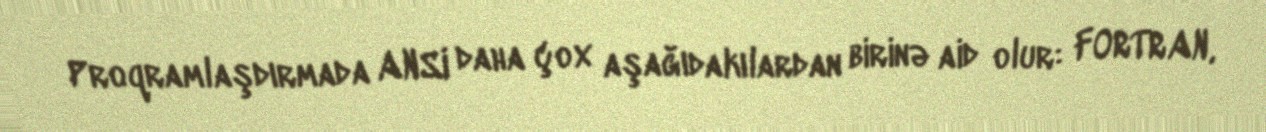
Proqramlaşdırmada ANSI daha çox aşağıdakılardan birinə aid olur: FORTRAN,